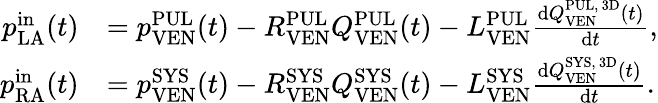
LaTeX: \begin{array}{rl}{p_{\mathrm{LA}}^{\mathrm{in}}(t)}&{=p_{\mathrm{VEN}}^{\mathrm{PUL}}(t)-R_{\mathrm{VEN}}^{\mathrm{PUL}}Q_{\mathrm{VEN}}^{\mathrm{PUL}}(t)-L_{\mathrm{VEN}}^{\mathrm{PUL}}\frac{\mathrm dQ_{\mathrm{VEN}}^{\mathrm{PUL,~3D}}(t)}{\mathrm dt},}\\ {p_{\mathrm{RA}}^{\mathrm{in}}(t)}&{=p_{\mathrm{VEN}}^{\mathrm{SYS}}(t)-R_{\mathrm{VEN}}^{\mathrm{SYS}}Q_{\mathrm{VEN}}^{\mathrm{SYS}}(t)-L_{\mathrm{VEN}}^{\mathrm{SYS}}\frac{\mathrm dQ_{\mathrm{VEN}}^{\mathrm{SYS,~3D}}(t)}{\mathrm dt}.}\end{array}